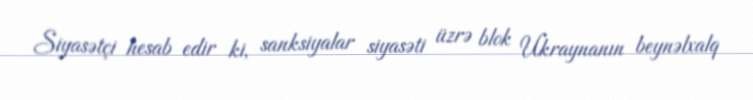
Siyasətçi hesab edir ki, sanksiyalar siyasəti üzrə blok Ukraynanın beynəlxalq